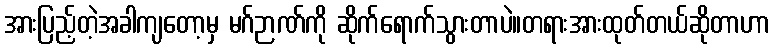
အားပြည့်တဲ့အခါကျတော့မှ မဂ်ဉာဏ်ကို ဆိုက်ရောက်သွားတာပဲ။တရားအားထုတ်တယ်ဆိုတာဟာ